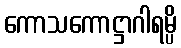
ကောသကောဋ္ဌာဂါရမ္ပိ